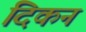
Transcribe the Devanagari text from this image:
दिकन